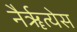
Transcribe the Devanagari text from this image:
नैर्ॠत्येस